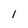
Character: 1